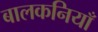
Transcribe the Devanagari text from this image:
बालकनियाँ